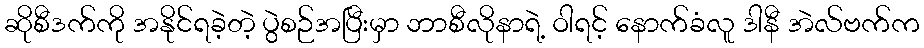
ဆိုစီဒက်ကို အနိုင်ရခဲ့တဲ့ ပွဲစဉ်အပြီးမှာ ဘာစီလိုနာရဲ့ ဝါရင့် နောက်ခံလူ ဒါနီ အဲလ်ဗက်က